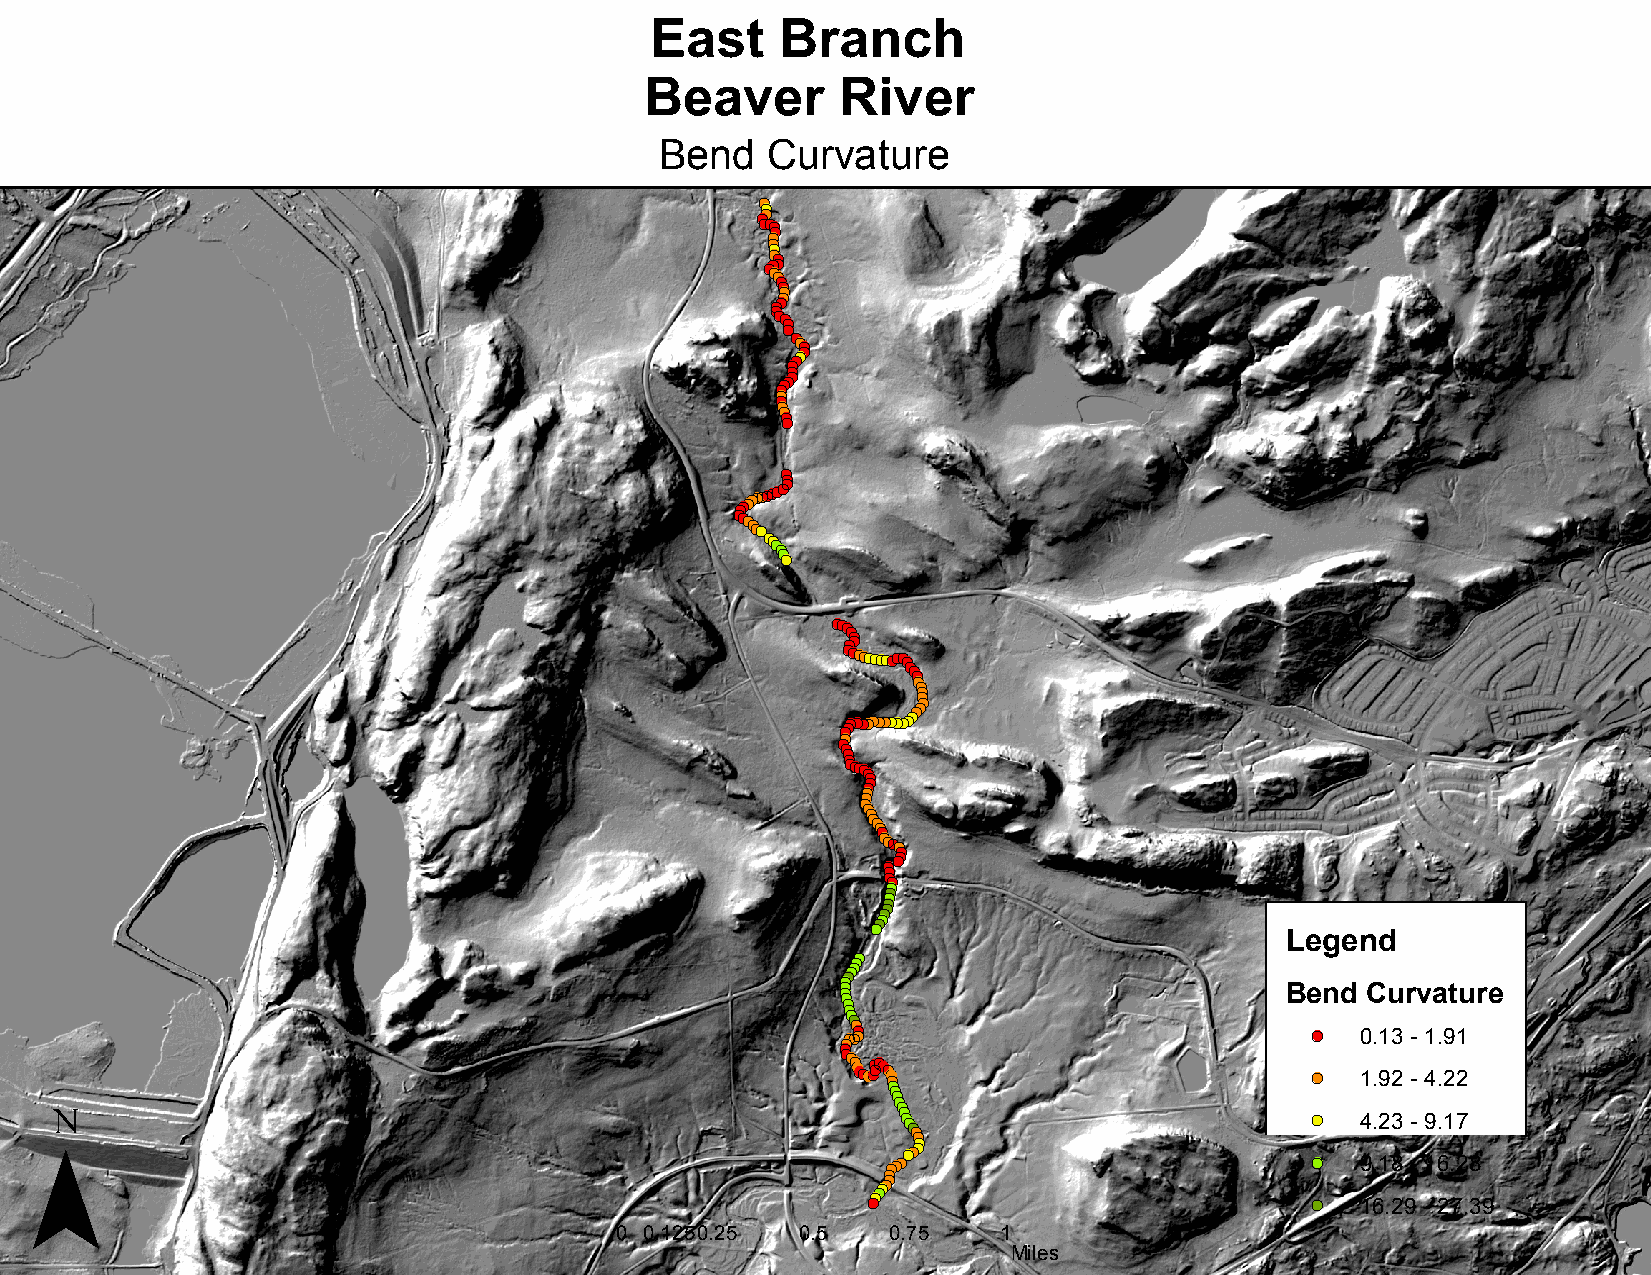
East     Branch
 Beaver       River
 Bend   Curvature
 !(!(!(!(!(
 !(!(
 !(!(
 !(!(
 !(!(!(!(
 !(!(!(!(!(
 !(!(!(!(
 !(!(
 !(!(!(
 !(!(!( !(!(
 !(!(!(!(!(!(!(!(!( !(!( !(!(
 !(!(!( !(!( !(!( !(!(!(
 !(!(!(!(!(!(!( !(!(
 !(!(!(!(!(!(
 !(!(
 !(!(!(
 !(!(
 !(
 !(!(!(
 !(!(!(!( !(!(!(
 !(!(!( !(!(!(
 !( !(!(!(!(
 !(!(
 !(!(
 !(!(
 !(!(
 !(!(
 !(!(!(
 !(!(!(
 !(!(
 !(!(!(!(
 !(
 !(!(
 !(!(!(
 !(!(!(
 !(!(!( !(!(!(
 !(!(
 !(!(!(!(!(
 !(!( !(!( !(!(!(
 !(!(!(!(!(
 Legend
 ¯
 !(!(!(
 !(!(!(
 !(!(
 !(!(
 !(
 !(!( !(!(
 !(
 !(
 !(!(
 !(
 (!!(!(!(
 (!!((!(!!(!(!((!!((!!(!(!(!(!(!(!(!(
 !(!( !(!(!(
 !(!(!(
 Be
 !(
 !(
 !(n d
 0
 1
 4C
 .
 .
 .1
 9
 2u
 3
 2
 3
 r
 -
 -
 -v
 1
 4
 9a
 .
 .
 .9
 2
 1t
 1
 2
 7u re
 !(!(!(!(
 !(!(!(!(!(!(                 !(
 !(
 9 1. 61 .8
 2
 9- -1 6 2. 72 .8
 3 9
 0 0.1250.25 0.5   0.75   1
 Miles